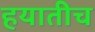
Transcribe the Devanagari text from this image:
हयातीच